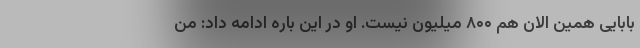
بابایی همین الان هم ۸۰۰ میلیون نیست. او در این باره ادامه داد: من